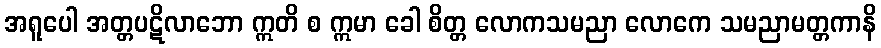
အရူပေါ အတ္တပဋိလာဘော ဣတိ စ ဣမာ ခေါ စိတ္တ လောကသမညာ လောကေ သမညာမတ္တကာနိ